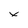
Character: x